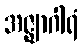
အဇ္ဈာဂါရံ